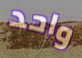
واحد